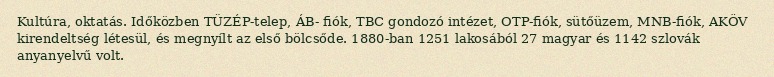
Kultúra, oktatás. Időközben TÜZÉP-telep, ÁB- fiók, TBC gondozó intézet, OTP-fiók, sütőüzem, MNB-fiók, AKÖV kirendeltség létesül, és megnyílt az első bölcsőde. 1880-ban 1251 lakosából 27 magyar és 1142 szlovák anyanyelvű volt.